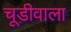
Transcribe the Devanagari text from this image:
चूड़ीवाला